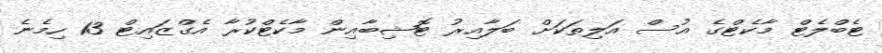
ޓެބްލެޓް މާކެޓްގެ އުސް އަލިތަކަށް ބަލާއިރު ޓޮޝިބާއިން މާކެޓްކުރާ އެގްޒައިޓް 13 ހިމެނެ